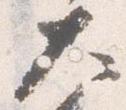
大